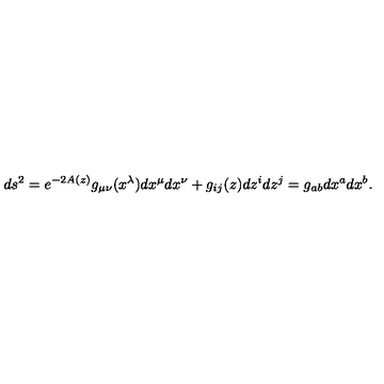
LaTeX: d s ^ { 2 } = e ^ { - 2 A ( z ) } g _ { \mu \nu } ( x ^ { \lambda } ) d x ^ { \mu } d x ^ { \nu } + g _ { i j } ( z ) d z ^ { i } d z ^ { j } = g _ { a b } d x ^ { a } d x ^ { b } .